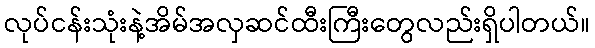
လုပ်ငန်းသုံးနဲ့အိမ်အလှဆင်ထီးကြီးတွေလည်းရှိပါတယ်။